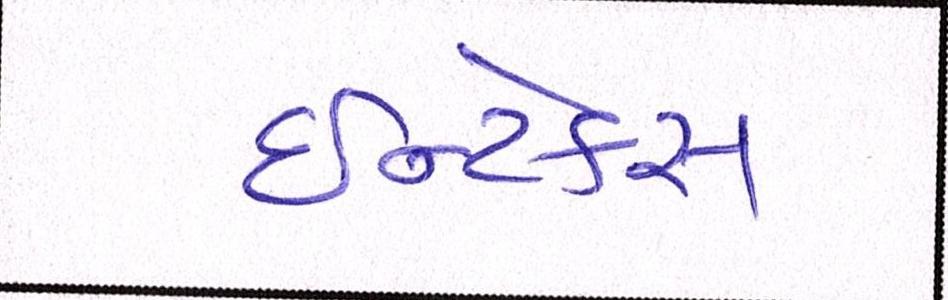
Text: ઈન્ટેક્સ